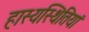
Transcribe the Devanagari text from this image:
हास्यस्थितियां